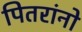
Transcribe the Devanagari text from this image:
पितरांनो